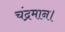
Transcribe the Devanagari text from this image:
चंद्रमान।